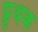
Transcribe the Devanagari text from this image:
प्रृथक